Leaving Certificate, 1898
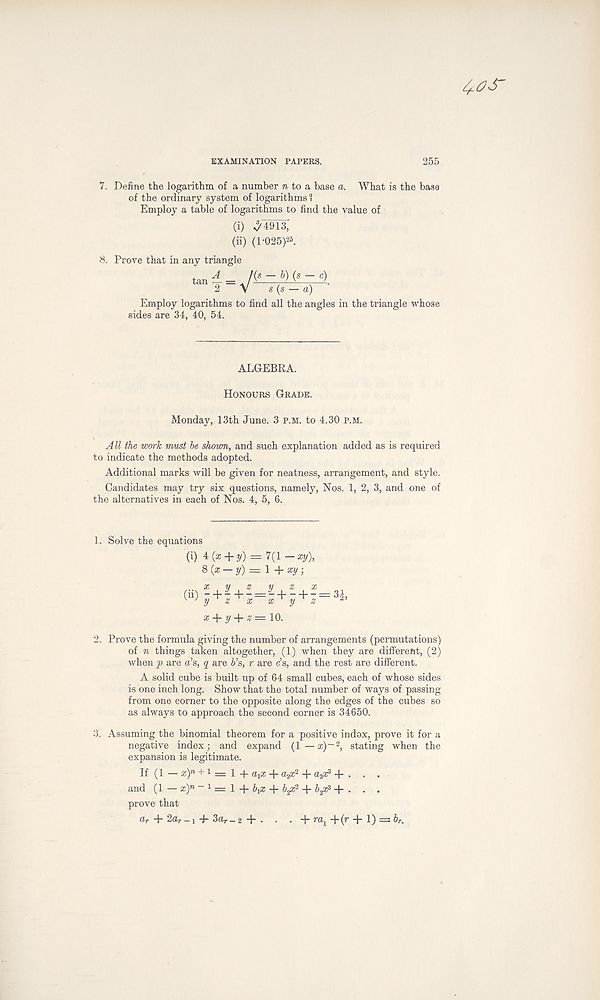
^6'
EXAMINATION PAPERS.
7. Define the logarithm of a number » to a base a. What is the base
of the ordinary system of logarithms 1
Employ a table of logarithms to find the value of
(i) ^1913,
(ii) (1-025) 25 .
8. Prove that in any triangle
- *>) (s - c)
2 V s (s — a)
Employ logarithms to find all the angles in the triangle whose
sides are 34, 40, 54.
ALGEBRA.
Honours Grade.
Monday, 13th June. 3 P.M. to 4.30 p.m.
All the work must be shown, and such explanation added as is required
to indicate the methods adopted.
Additional marks will be given for neatness, arrangement, and style.
Candidates may try six questions, namely, Nos. 1, 2, 3, and one of
the alternatives in each of Nos. 4, 5, 6.
1. Solve the equations
(i) 4(x + y) = 7(1 — xy),
&(x — y) = \+xy,
, . x y z y z x
K J y z x x y z 2 ’
x + y + z=\0.
2. Prove the formula giving the number of arrangements (permutations)
of n things taken altogether, (1) when they are different, (2)
when p are a’s, q are i’s, r are c’s, and the rest are different.
A solid cube is built up of 64 small cubes, each of whose sides
is one inch long. Show that the total number of ways of passing
from one corner to the opposite along the edges of the cubes so
as always to approach the second corner is 34650.
3. Assuming the binomial theorem for a positive indox, prove it for a
negative index; and expand (1 — x)~2, stating when the
expansion is legitimate.
If (1 — a;) m + 1 = 1 + a x x + a#? + a 3 3? + . . .
and (1 — a) n “ 1 = 1 + + bp? + bp? + . . .
prove that
dr 4“ 2u r _ 4- 3a r _ 2 4* •
4- 4-(p 4* 1) = b r .